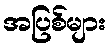
အပြစ်များ